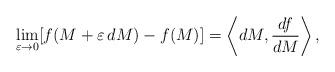
LaTeX: \begin{align*}\lim_{\varepsilon \to 0}[f(M+\varepsilon \, dM)-f(M)]=\left\langle dM,\frac{df}{dM}\right\rangle,\end{align*}